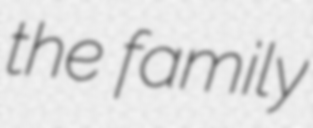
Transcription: the family